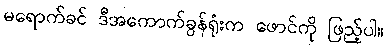
မရောက်ခင် ဒီအကောက်ခွန်ရုံးက ဖောင်ကို ဖြည့်ပါ။